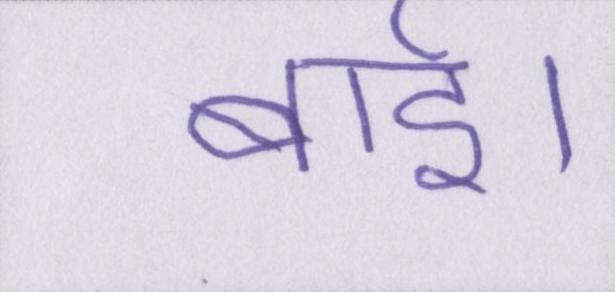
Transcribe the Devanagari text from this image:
बाई।